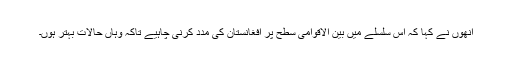
انھوں نے کہا کہ اس سلسلے میں بین الاقوامی سطح پر افغانستان کی مدد کرنی چاہیے تاکہ وہاں حالات بہتر ہوں۔